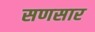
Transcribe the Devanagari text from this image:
सणसार